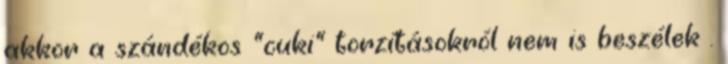
akkor a szándékos "cuki" torzításokról nem is beszélek .